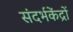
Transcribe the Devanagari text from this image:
संदर्भकेंद्रों